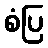
စံပြ